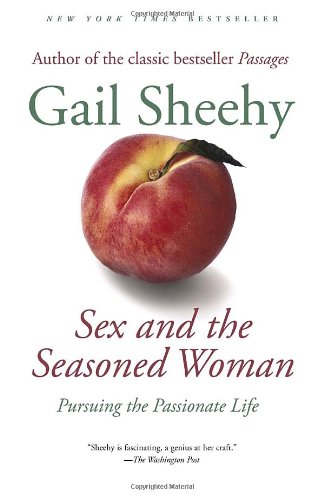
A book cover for Sex and the Seasoned Woman: Pursuing the Passionate Life; Gail Sheehy; Health, Fitness & Dieting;